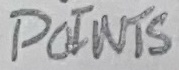
Text: POINTS